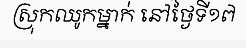
ស្រុកឈូកម្នាក់ នៅថ្ងៃទី១៧